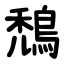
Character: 鵚